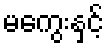
မကွေးနှင့်